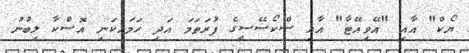
ޔޯކް" އާއި "އޭވިއޭޓާ" އާއި ސްކޯސޭސީގެ ފުރަތަމަ އަދި ހަމައެކަނި އޮސްކާ ލިބުނު